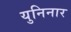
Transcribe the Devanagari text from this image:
युनिनार